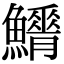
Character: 𩼿